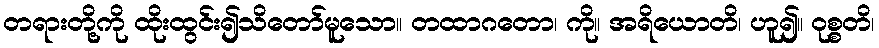
တရားတို့ကို ထိုးထွင်း၍သိတော်မူသော။ တထာဂတော၊ ကို။ အရိယောတိ၊ ဟူ၍။ ဝုစ္စတိ၊